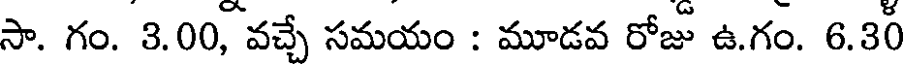
సా. గం. 3.00, వచ్చే సమయం : మూడవ రోజు ఉ.గం. 6.30